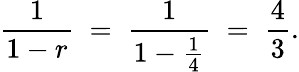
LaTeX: {\frac{1}{1-r}}\; =\; {\frac{1}{1-{\frac{1}{4}}}}\; =\; {\frac{4}{3}}.